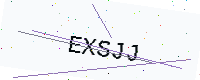
Text: EXSJJ